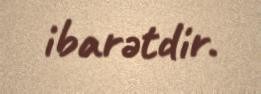
ibarətdir.